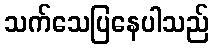
သက်သေပြနေပါသည်